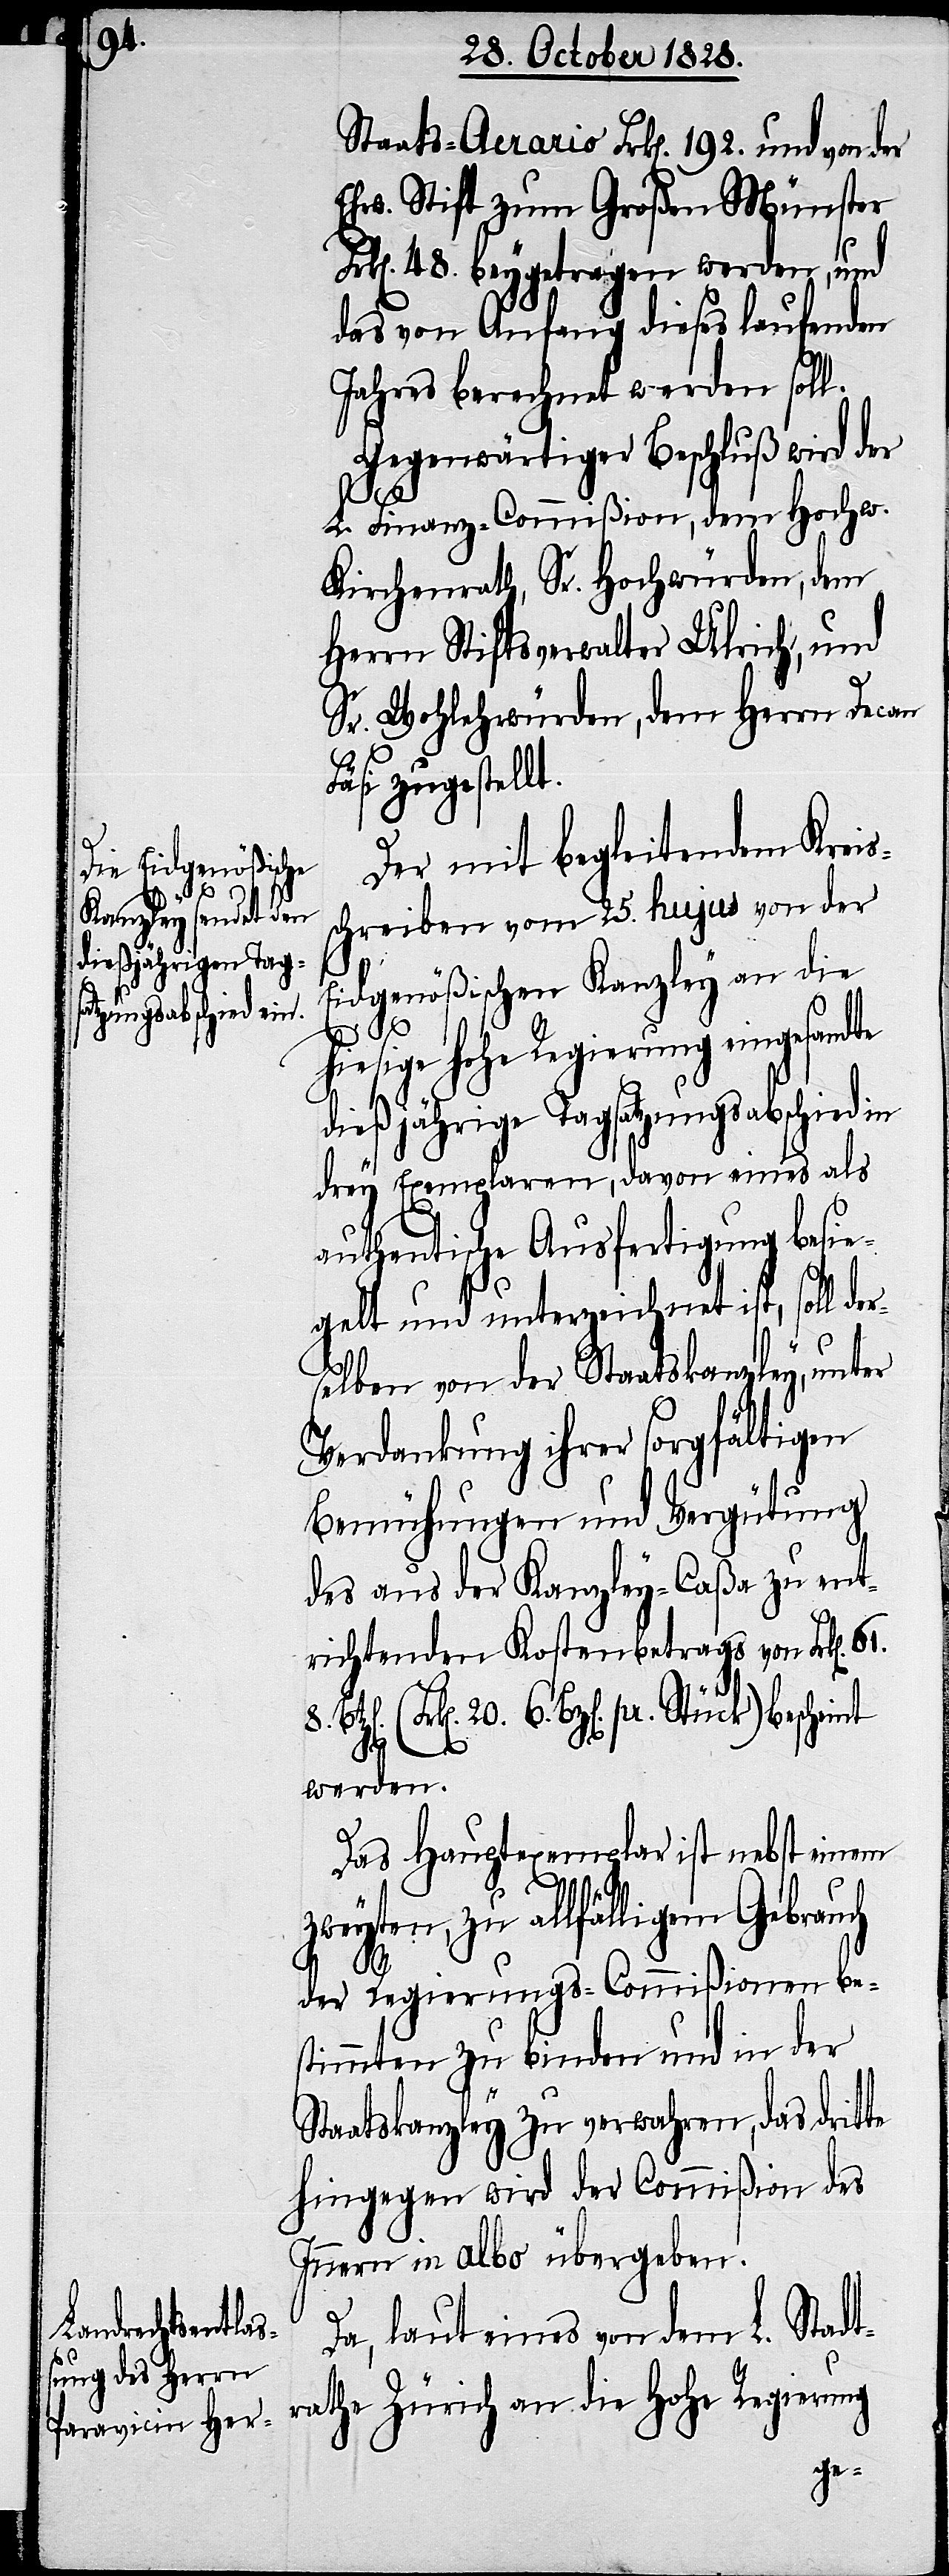
Staats-Aerario Frk[en]. 192. und von der
Ehw. Stift zum Großen Münster
k[en]. 48. beygetragen werden, und
das von Anfang dieses laufenden
Jahres berechnet werden soll.
Gegenwärtiger Beschluß wird der
te
L. Finanz-Commißion, dem Hochw.
Kirchenrath, Sr. Hochwürden, dem
Herrn Stiftsverwalter Ulrich, und
Sr. Wohlehrwürden, dem Herrn Decan
Fäsi zugestellt.
Der mit begleitendem Kreis¬
schreiben vom 25. hujus von der
Eidgenößischen Kanzley an die
8.
hiesige hohe Regierung eingesandte
dießjährige Tagsatzungsabschied in
drey Exemplaren, davon eines als
authentische Ausfertigung besie¬
gelt und unterzeichnet ist, soll der¬
selben von der Staatskanzley, unter
Verdankung ihrer sorgfältigen
Bemühungen und Vergütung
des aus der Kanzley-Caßa zu ent¬
richtenden Kostenbetrags von Frk[en].
(Frk[en]. 20. 6. Bz[en]. pr. Stück) bescheint
werden.
Das Hauptexemplar ist nebst einem
zweyten, zu allfälligem Gebrauch
Fr¬
der Regierungs-Commißion be¬
stimmten zu binden und in der
Staatskanzley zu verwahren, das drit¬
hingegen wird der Commißion des
Innern in albo übergeben.
Da, laut eines von dem L. Stadt¬
rathe Zürich an die Hohe Regierung